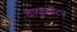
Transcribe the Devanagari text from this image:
वायुकोटर